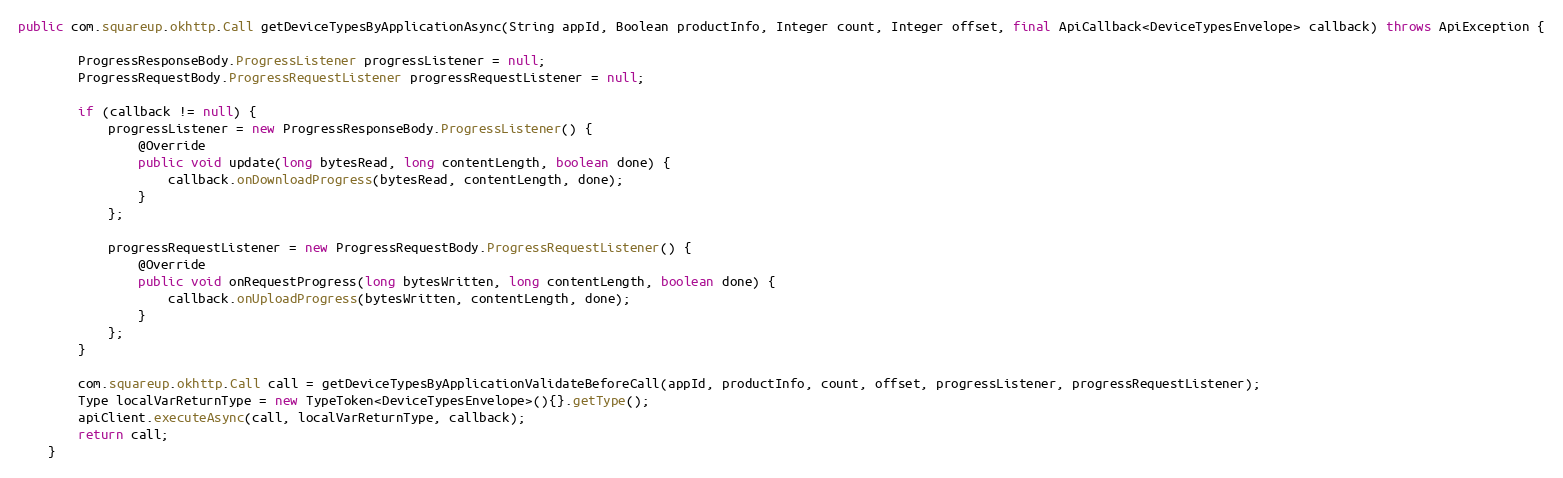
Language: Java
public com.squareup.okhttp.Call getDeviceTypesByApplicationAsync(String appId, Boolean productInfo, Integer count, Integer offset, final ApiCallback<DeviceTypesEnvelope> callback) throws ApiException {

        ProgressResponseBody.ProgressListener progressListener = null;
        ProgressRequestBody.ProgressRequestListener progressRequestListener = null;

        if (callback != null) {
            progressListener = new ProgressResponseBody.ProgressListener() {
                @Override
                public void update(long bytesRead, long contentLength, boolean done) {
                    callback.onDownloadProgress(bytesRead, contentLength, done);
                }
            };

            progressRequestListener = new ProgressRequestBody.ProgressRequestListener() {
                @Override
                public void onRequestProgress(long bytesWritten, long contentLength, boolean done) {
                    callback.onUploadProgress(bytesWritten, contentLength, done);
                }
            };
        }

        com.squareup.okhttp.Call call = getDeviceTypesByApplicationValidateBeforeCall(appId, productInfo, count, offset, progressListener, progressRequestListener);
        Type localVarReturnType = new TypeToken<DeviceTypesEnvelope>(){}.getType();
        apiClient.executeAsync(call, localVarReturnType, callback);
        return call;
    }